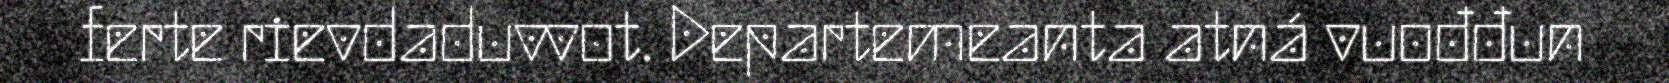
ferte rievdaduvvot. Departemeanta atná vuođđun